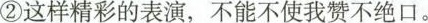
②这样精彩的表演，不能不使我赞不绝口。